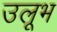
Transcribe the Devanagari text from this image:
उलूभ